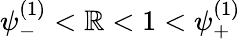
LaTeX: \psi_{-}^{(1)}<\mathbb{R}<1<\psi_{+}^{(1)}